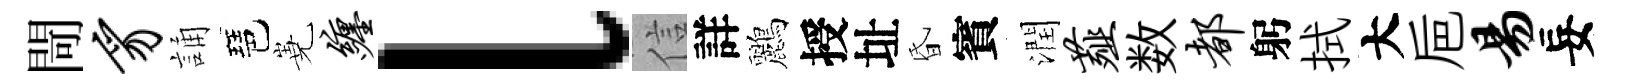
閜豸誦琶嶤缠l信詳鸝授址昏賓潤薤数都躬拭大巵易妄